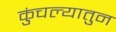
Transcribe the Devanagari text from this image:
कुंचल्यातुन